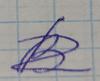
Signature authenticity: forged